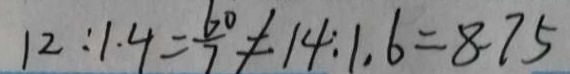
1 2 : 1 . 4 = \frac { 6 0 } { 7 } \neq 1 4 : 1 . 6 = 8 . 7 5